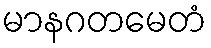
မာနဂတမေတံ